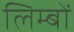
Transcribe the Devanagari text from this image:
लिम्बों